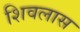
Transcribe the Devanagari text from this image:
शिवलास